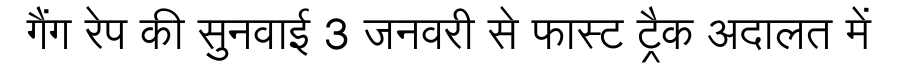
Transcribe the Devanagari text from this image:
गैंग रेप की सुनवाई 3 जनवरी से फास्ट ट्रैक अदालत में